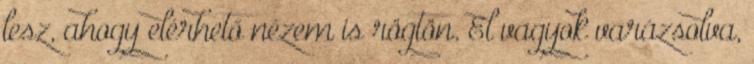
lesz, ahogy elérhető nézem is rögtön. El vagyok varázsolva,